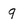
Character: 9